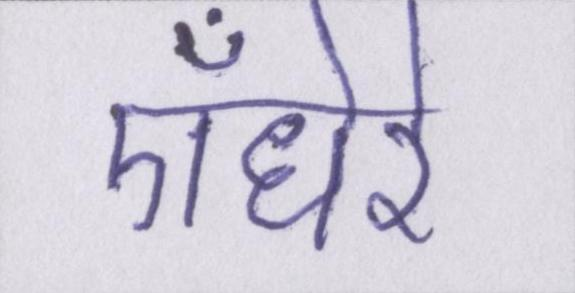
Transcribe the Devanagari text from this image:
ऍंधेरे